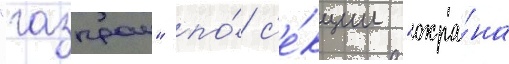
"газпром" по́ с'е́кции "охра́на